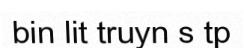
bin lit truyn s tp